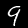
Label: 9